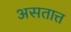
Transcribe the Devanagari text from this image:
असतात्त